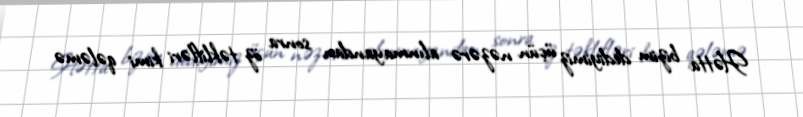
Hətta bizim dediyimiz üçün nəzərə alınmayandan sonra öz təklifləri kimi qələmə